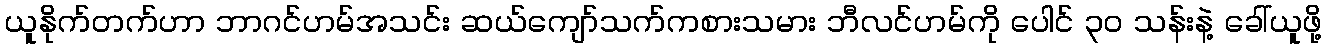
ယူနိုက်တက်ဟာ ဘာဂင်ဟမ်အသင်း ဆယ်ကျော်သက်ကစားသမား ဘီလင်ဟမ်ကို ပေါင် ၃၀ သန်းနဲ့ ခေါ်ယူဖို့